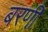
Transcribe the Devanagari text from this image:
बरणी